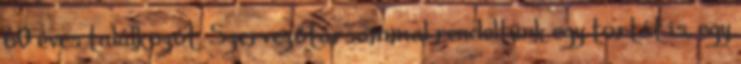
60 éves találkozót. Szervezőtársammal rendeltünk egy tortát is, egy